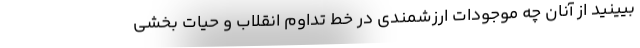
بیینید از آنان چه موجودات ارزشمندی در خط تداوم انقلاب و حیات بخشی